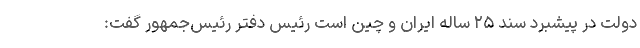
دولت در پیشبرد سند ۲۵ ساله ایران و چین است رئیس دفتر رئیس‌جمهور گفت: